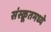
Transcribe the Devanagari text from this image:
संस्क्रूतमध्ये